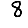
Digit: 8